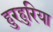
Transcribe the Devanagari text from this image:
हुरहुरिया